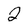
Character: 2